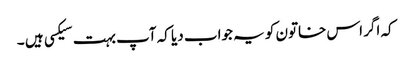
کہ اگر اس خاتون کو یہ جواب دیا کہ آپ بہت سیکسی ہیں ۔